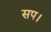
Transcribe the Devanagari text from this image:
सप।